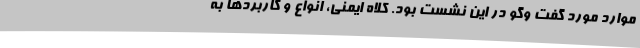
موارد مورد گفت وگو در این نشست بود. کلاه ایمنی، انواع و کاربردها به